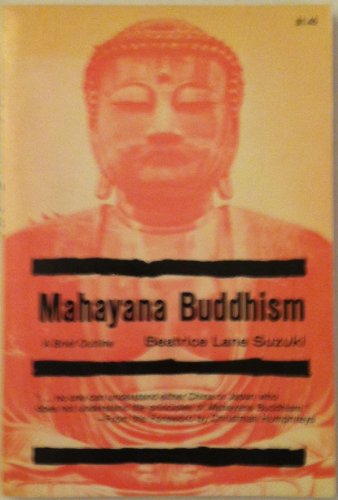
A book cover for Mahayana Buddhism; Beatrice Lane Suzuki; Religion & Spirituality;